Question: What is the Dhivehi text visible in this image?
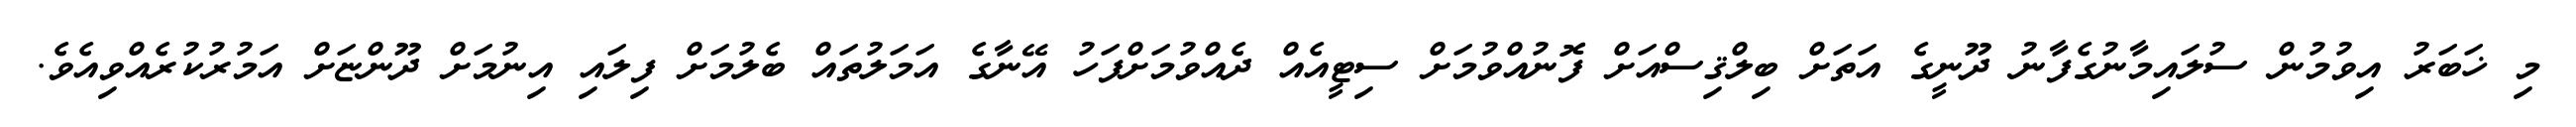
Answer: މި ޚަބަރު އިވުމުން ސުލައިމާނުގެފާނު ދޫނީގެ އަތަށް ބިލްޤިސްއަށް ފޮނުއްވުމަށް ސިޓީއެއް ދެއްވުމަށްފަހު އޭނާގެ އަމަލުތައް ބެލުމަށް ފިލައި އިނުމަށް ދޫންޏަށް އަމުރުކުރެއްވިއެވެ.